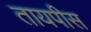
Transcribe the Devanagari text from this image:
तायपीस